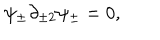
\psi _ { \pm } \partial _ { \pm 2 } \psi _ { \pm } = 0 ,